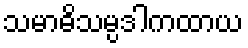
သမာဓိသမ္ပဒါကထာယ